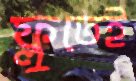
ফ্লুতেই